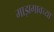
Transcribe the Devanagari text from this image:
माझगावच्या